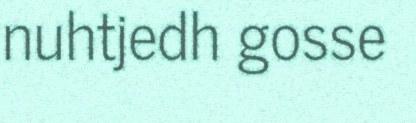
nuhtjedh gosse